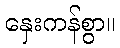
နှေးကန်စွာ။